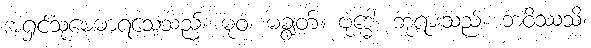
အရှင်သုမေဓာရသေ့သည်။ ဓုဝံ၊ မချွတ်။ ဗုဒ္ဓေါ၊ ဘုရားသည်။ ဘဝိဿသိ၊